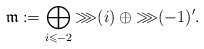
\begin{align*}\mathfrak{m}:=\bigoplus_{i\leqslant -2}{\ggg}(i)\oplus{\ggg}(-1)^{\prime}. \end{align*}